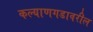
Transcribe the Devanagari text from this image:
कल्याणगडावरील